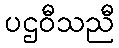
ပဌဝီသညီ